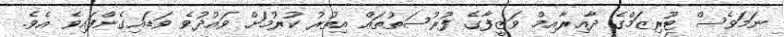
ނަމަވެސް ޓޫރިޒަމްގެ ދާއިރާއިމް ވަޒީފާގެ ފުރުސަތުތައް އިތުރު ކުރުމަށް ވައުދުވެ ވަޑައިގެންފައިވެ އެވެ.